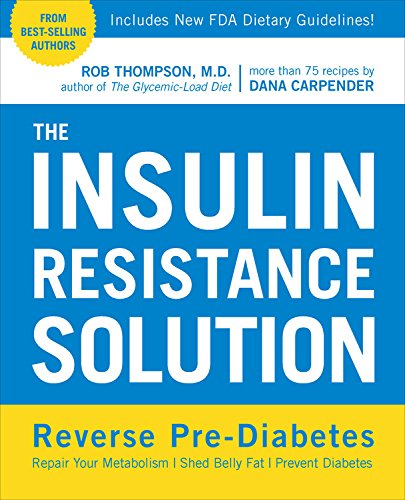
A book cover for The Insulin Resistance Solution: Reverse Pre-Diabetes, Repair Your Metabolism, Shed Belly Fat, and Prevent Diabetes - with more than 75 recipes by Dana Carpender; Rob Thompson; Cookbooks, Food & Wine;